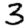
Digit: 3